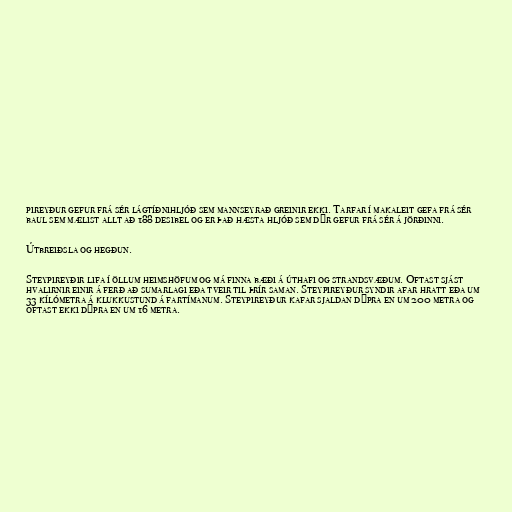
pireyður gefur frá sér lágtíðnihljóð sem mannseyrað greinir ekki. Tarfar í makaleit gefa frá sér
baul sem mælist allt að 188 desibel og er það hæsta hljóð sem dýr gefur frá sér á jörðinni.

Útbreiðsla og hegðun.

Steypireyðir lifa í öllum heimshöfum og má finna bæði á úthafi og strandsvæðum. Oftast sjást
hvalirnir einir á ferð að sumarlagi eða tveir til þrír saman. Steypireyður syndir afar hratt eða um
33 kílómetra á klukkustund á fartímanum. Steypireyður kafar sjaldan dýpra en um 200 metra og
oftast ekki dýpra en um 16 metra.